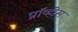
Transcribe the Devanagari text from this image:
प्रॉव्हींस